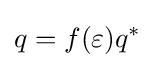
q=f(\varepsilon )q^{*}